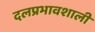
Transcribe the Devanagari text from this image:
दलप्रभावशाली